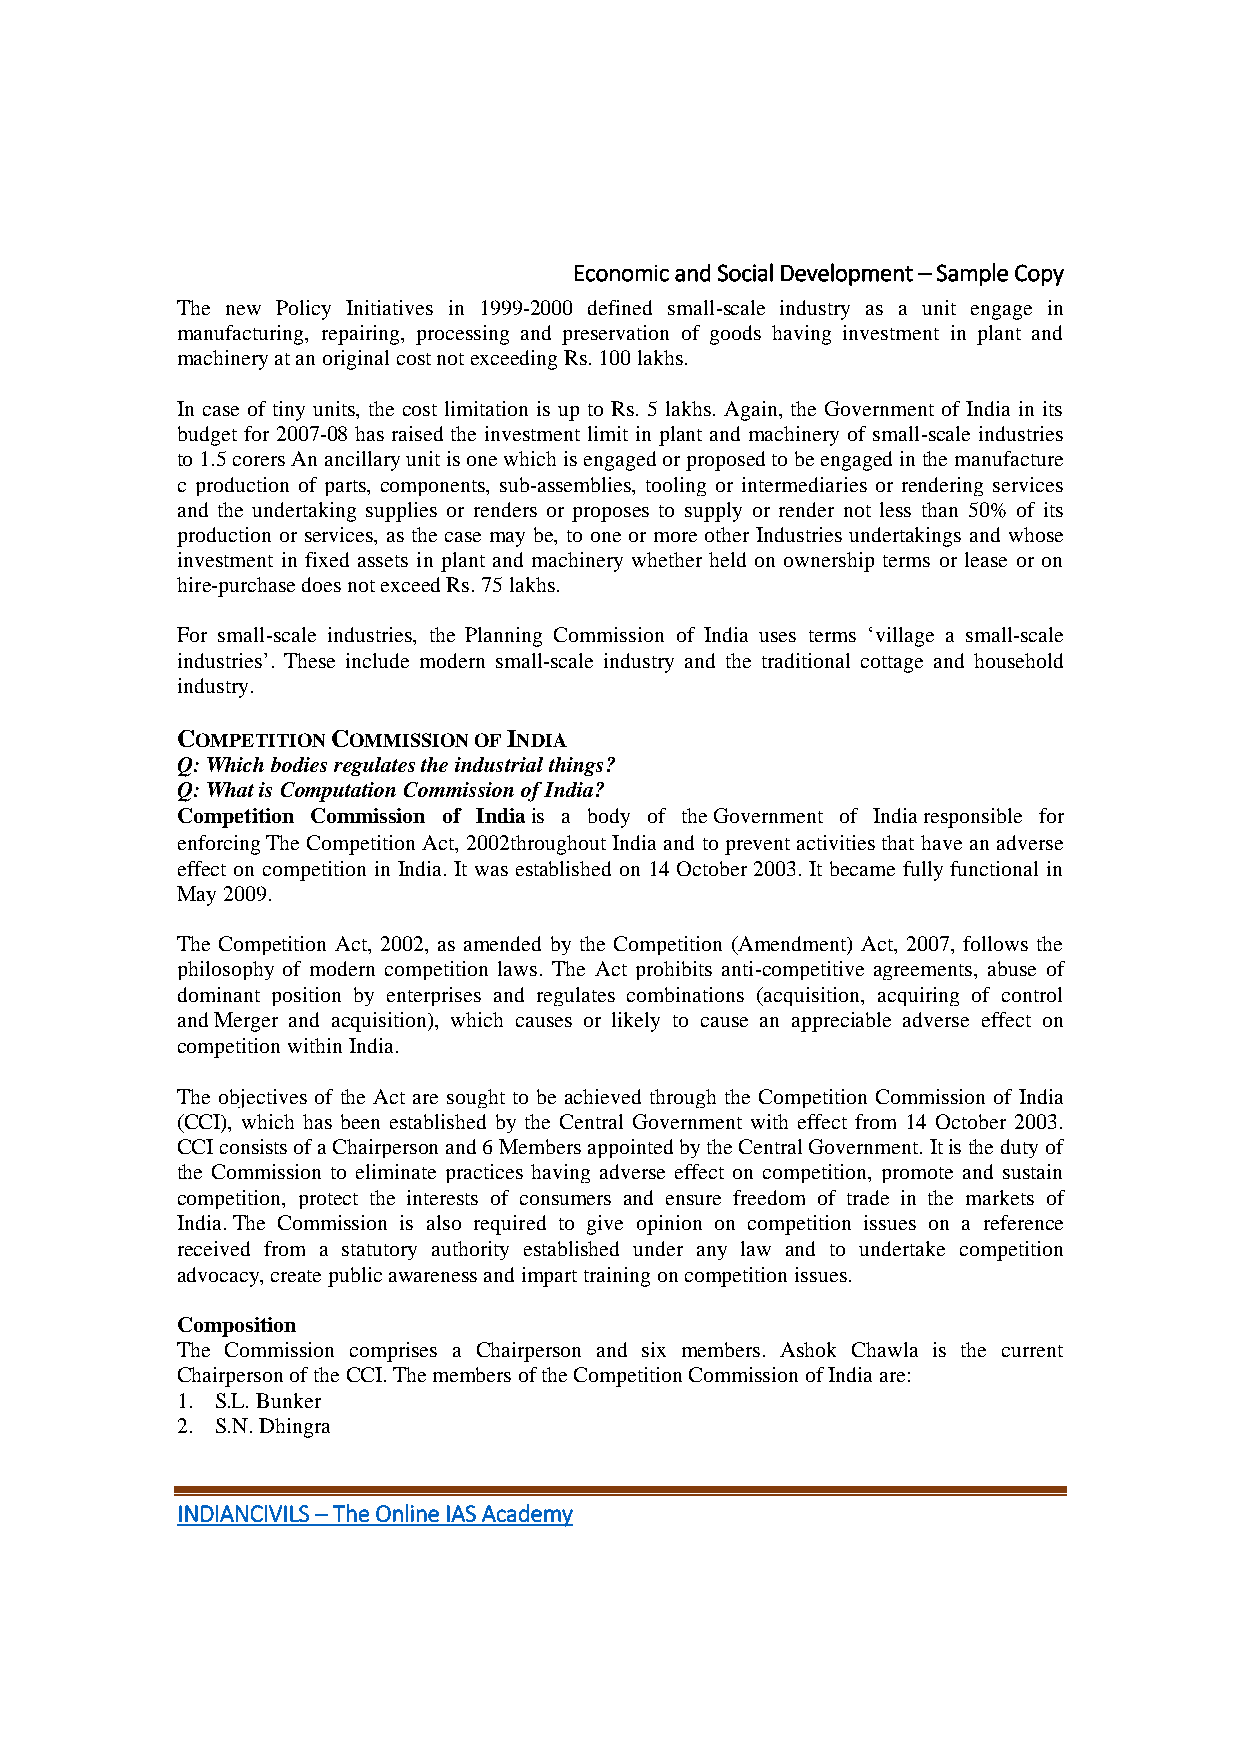
Economic and Social Development – Sample Copy
 The new Policy Initiatives in 1999-2000 defined small-scale industry as a unit engage in
 manufacturing, repairing, processing and preservation of goods having investment in plant and
 machinery at an original cost not exceeding Rs. 100 lakhs.
 In case of tiny units, the cost limitation is up to Rs. 5 lakhs. Again, the Government of India in its
 budget for 2007-08 has raised the investment limit in plant and machinery of small-scale industries
 to 1.5 corers An ancillary unit is one which is engaged or proposed to be engaged in the manufacture
 c production of parts, components, sub-assemblies, tooling or intermediaries or rendering services
 and the undertaking supplies or renders or proposes to supply or render not less than 50% of its
 production or services, as the case may be, to one or more other Industries undertakings and whose
 investment in fixed assets in plant and machinery whether held on ownership terms or lease or on
 hire-purchase does not exceed Rs. 75 lakhs.
 For small-scale industries, the Planning Commission of India uses terms ‘village a small-scale
 industries’. These include modern small-scale industry and the traditional cottage and household
 industry.
 COMPETITION COMMISSION OF INDIA
 Q: Which bodies regulates the industrial things?
 Q: What is Computation Commission of India?
 Competition Commission of India is a body of the Government of India responsible for
 enforcing The Competition Act, 2002throughout India and to prevent activities that have an adverse
 effect on competition in India. It was established on 14 October 2003. It became fully functional in
 May 2009.
 The Competition Act, 2002, as amended by the Competition (Amendment) Act, 2007, follows the
 philosophy of modern competition laws. The Act prohibits anti-competitive agreements, abuse of
 dominant position by enterprises and regulates combinations (acquisition, acquiring of control
 and Merger and acquisition), which causes or likely to cause an appreciable adverse effect on
 competition within India.
 The objectives of the Act are sought to be achieved through the Competition Commission of India
 (CCI), which has been established by the Central Government with effect from 14 October 2003.
 CCI consists of a Chairperson and 6 Members appointed by the Central Government. It is the duty of
 the Commission to eliminate practices having adverse effect on competition, promote and sustain
 competition, protect the interests of consumers and ensure freedom of trade in the markets of
 India. The Commission is also required to give opinion on competition issues on a reference
 received from a statutory authority established under any law and to undertake competition
 advocacy, create public awareness and impart training on competition issues.
 Composition
 The Commission comprises a Chairperson and six members. Ashok Chawla is the current
 Chairperson of the CCI. The members of the Competition Commission of India are:
 1. S.L. Bunker
 2. S.N. Dhingra
 INDIANCIVILS – The Online IAS Academy